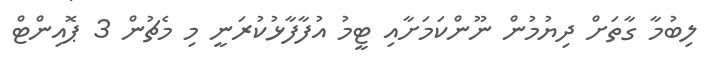
ލިބުމާ ގާތަށް ދިޔުމުން ނޫންކަމަށާއި ޓީމު އުފާފާޅުކުރަނީ މި މެޗުން 3 ޕޮއިންޓް